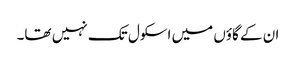
ان کے گاؤں میں اسکول تک نہیں تھا۔